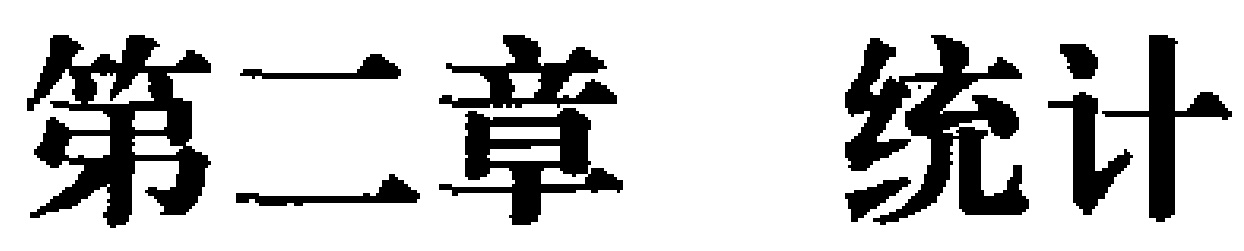
第二章 统计